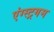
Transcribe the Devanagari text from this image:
एंग्स्ट्रगम